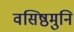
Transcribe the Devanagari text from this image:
वसिष्ठमुनि